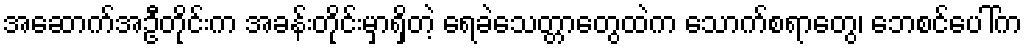
အဆောက်အဦတိုင်းက အခန်းတိုင်းမှာရှိတဲ့ ရေခဲသေတ္တာတွေထဲက သောက်စရာတွေ၊ ဘေစင်ပေါ်က